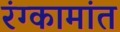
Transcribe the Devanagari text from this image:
रंग्कामांत